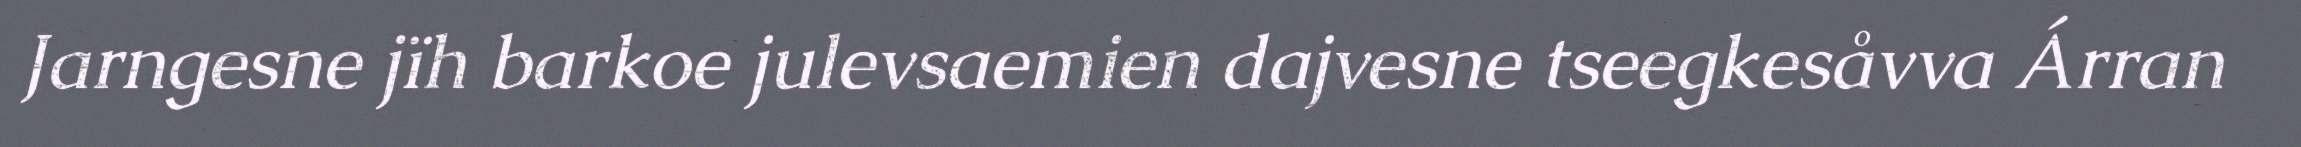
Jarngesne jïh barkoe julevsaemien dajvesne tseegkesåvva Árran